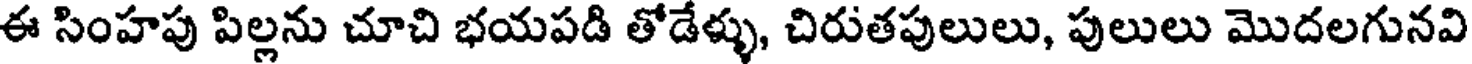
ఈ సింహపు పిల్లను చూచి భయపడి తోడేళ్ళు, చిరుతపులులు, పులులు మొదలగునవి